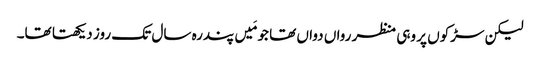
لیکن سڑکوں پر وہی منظر رواں دواں تھا جو مَیں پندرہ سال تک روز دیکھتا تھا۔